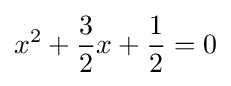
x^{2}+{\frac {3}{2}}x+{\frac {1}{2}}=0